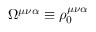
\Omega ^ { \mu \nu \alpha } \equiv \rho _ { 0 } ^ { \mu \nu \alpha }